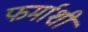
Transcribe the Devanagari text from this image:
फर्माशी